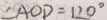
\angle A O D = 1 2 0 ^ { \circ }